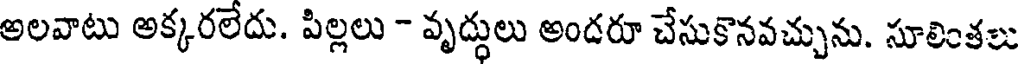
అలవాటు అక్కరలేదు. పిల్లలు - వృద్ధులు అందరూ చేసుకొనవచ్చును. సూలింతలు